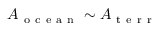
A _ { \mathrm { ~ o ~ c ~ e ~ a ~ n ~ } } \sim A _ { \mathrm { ~ t ~ e ~ r ~ r ~ } }